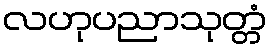
လဟုပညာသုတ္တံ